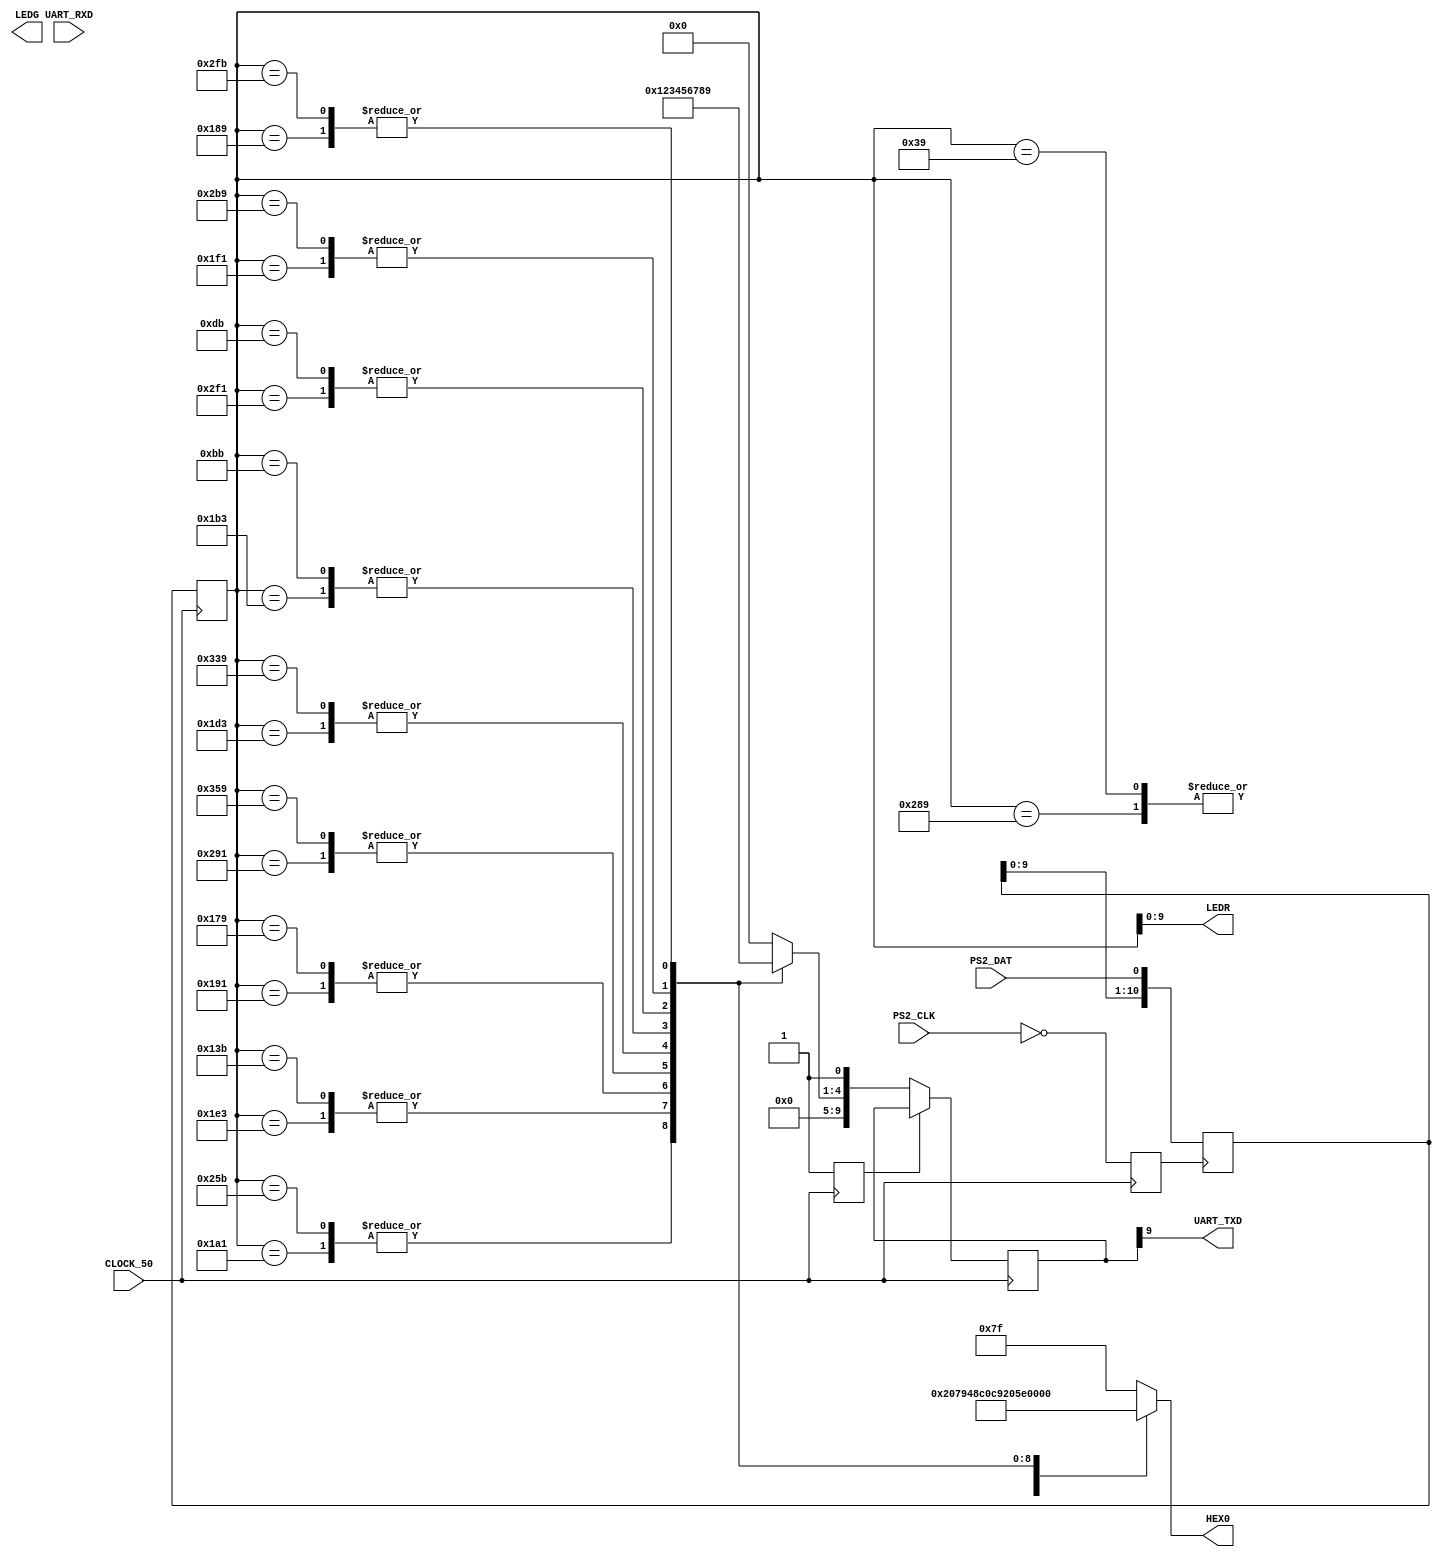

//Be careful with port names, Verilog is case sensitive
module KeyboardToRS232(
    input wire PS2_DAT,        // PS/2 data pin
    input wire PS2_CLK,        // PS/2 clock pin
	 
	 //Baud Rate is 115200, 8 data bits, no parity check bit, 1 stop bit, flow control on
	 //MAX232 Transceiver Chip
	 input wire UART_RXD,       // Reciever 
	 output wire UART_TXD,      // Transmitter
	 
    input wire CLOCK_50,       // 50 MHz system clock
    output wire [9:0] LEDR,    // Red LEDs output (10 bits)
    output wire [7:0] LEDG,    // Green LEDs output (8 bits)
    output wire [6:0] HEX0     // 7-segment hex display
);

// UART parameters
parameter BAUD_RATE = 115200;
parameter DATA_BITS = 8;
parameter STOP_BITS = 1;
parameter START_BITS = 1;
parameter UART_CLK_DIVIDER = 50_000_000 / (BAUD_RATE + 1); // Calculate clock divider for baud rate

// UART transmitter signals
reg [DATA_BITS + START_BITS + STOP_BITS - 1:0] tx_data; // Data to transmit with start and stop bits
reg tx_valid; // Signal that data is valid
reg tx_busy;  // Transmitter is busy
reg [2:0] tx_state; // Transmitter state
reg [7:0] tx_shift_reg;        // Shift register for transmitting data

reg [10:0] shift_reg = 11'b00000000000; // Shift register
reg inverted_ps2_clock;                 // Inverted PS/2 clock signal
reg [10:0] synchronized_shift_reg;      // Shift register content synchronized with the system clock
reg [6:0] decoded_scan_code;            // Register to signal tap off of
reg [7:0] binary_scan_code;             // Register to signal tap off of

// Function to decode the 11-bit scan code
function [6:0] decoder_code;
    input [10:0] code;
    begin
        case(code)
            // Top Row Of Numbers
            11'b01010001001: decoder_code = 7'b1000000; // 0
            11'b00110100001: decoder_code = 7'b1111001; // 1
            11'b00111100011: decoder_code = 7'b0100100; // 2
            11'b00110010001: decoder_code = 7'b0110000; // 3
            11'b01010010001: decoder_code = 7'b0011001; // 4
            11'b00111010011: decoder_code = 7'b0010010; // 5
            11'b00110110011: decoder_code = 7'b0000010; // 6
            11'b01011110001: decoder_code = 7'b1111000; // 7
            11'b00111110001: decoder_code = 7'b0000000; // 8
            11'b00110001001: decoder_code = 7'b0010000; // 9

            // Key Pad
            11'b00000111001: decoder_code = 7'b1000000; // 0
            11'b01001011011: decoder_code = 7'b1111001; // 1
            11'b00100111011: decoder_code = 7'b0100100; // 2
            11'b00101111001: decoder_code = 7'b0110000; // 3
            11'b01101011001: decoder_code = 7'b0011001; // 4
            11'b01100111001: decoder_code = 7'b0010010; // 5
            11'b00010111011: decoder_code = 7'b0000010; // 6
            11'b00011011011: decoder_code = 7'b1111000; // 7
            11'b01010111001: decoder_code = 7'b0000000; // 8
            11'b01011111011: decoder_code = 7'b0010000; // 9
            default: decoder_code = 7'b1111111; // Default (blank display)
        endcase
    end
endfunction

// Function to convert decoded to binary
function [7:0] binary_converter;
    input [10:0] code;
    begin
        case(code)
            // Top Row Of Numbers
            11'b01010001001: binary_converter = 8'b00000000; // 0
            11'b00110100001: binary_converter = 8'b00000001; // 1
            11'b00111100011: binary_converter = 8'b00000010; // 2
            11'b00110010001: binary_converter = 8'b00000011; // 3
            11'b01010010001: binary_converter = 8'b00000100; // 4
            11'b00111010011: binary_converter = 8'b00000101; // 5
            11'b00110110011: binary_converter = 8'b00000110; // 6
            11'b01011110001: binary_converter = 8'b00000111; // 7
            11'b00111110001: binary_converter = 8'b00001000; // 8
            11'b00110001001: binary_converter = 8'b00001001; // 9

            // Key Pad
            11'b00000111001: binary_converter = 8'b00000000; // 0
            11'b01001011011: binary_converter = 8'b00000001; // 1
            11'b00100111011: binary_converter = 8'b00000010; // 2
            11'b00101111001: binary_converter = 8'b00000011; // 3
            11'b01101011001: binary_converter = 8'b00000100; // 4
            11'b01100111001: binary_converter = 8'b00000101; // 5
            11'b00010111011: binary_converter = 8'b00000110; // 6
            11'b00011011011: binary_converter = 8'b00000111; // 7
            11'b01010111001: binary_converter = 8'b00001000; // 8
            11'b01011111011: binary_converter = 8'b00001001; // 9
            default: binary_converter = 8'b00000000; // Default (0)
        endcase
    end
endfunction

// Initialize signals
initial begin
    tx_data = {1'b0, 8'b0, 1'b1}; // Initial idle state (marking condition)
    tx_valid = 0;
    tx_busy = 0;
    tx_state = 3'b000; // Initial state
    tx_shift_reg = 8'hFF; // Idle state
end

// UART transmitter state machine
always @(posedge CLOCK_50) begin
    case (tx_state)
        2'b00: begin // Idle state (marking condition)
            if (tx_valid) begin
                tx_shift_reg = {1'b0, tx_data, 1'b1}; // Start bit, data, stop bit
                tx_state = 2'b01; // Move to the start bit state
            end
        end

        2'b01: begin // Transmit start bit
            tx_shift_reg = {1'b0, tx_shift_reg[7:1]}; // Shift the data
            tx_state = 2'b10; // Move to the data bit state
        end

        2'b10: begin // Transmit data bits
            tx_shift_reg = {1'b0, tx_shift_reg[7:1]}; // Shift the data
            if (tx_shift_reg[0]) begin
                tx_state = 2'b11; // Move to the stop bit state
            end
        end

        2'b11: begin // Transmit stop bit
            tx_shift_reg = 8'hFF; // Restore to idle state (marking condition)
            tx_state = 2'b00; // Move back to the idle state
            tx_valid = 0; // Data transmission is complete
        end
    endcase
end

// Connect UART_TXD to the most significant bit of tx_data
assign UART_TXD = tx_data[DATA_BITS + START_BITS + STOP_BITS - 1]; // Sends full bits needed for UART

// Update the transmitter control signals with the data you want to send
always @(posedge CLOCK_50) begin
    // && key pressed event
    if (!tx_busy) begin
        tx_data = {1'b0, binary_converter(synchronized_shift_reg), 1'b1}; // Include start and stop bits + Assigning binary conversion to data bits
        tx_busy = 1; // Signal that the transmitter is busy
    end
end

always @(posedge CLOCK_50) begin
    inverted_ps2_clock <= ~PS2_CLK; // Invert the PS/2 clock signal on the rising edge of the 50 MHz clock
end

always @(posedge inverted_ps2_clock) begin
    shift_reg <= {shift_reg[9:0], PS2_DAT}; // Shift and concatenate new data bit on the inverted PS/2 clock's rising edge
end

always @(posedge CLOCK_50) begin
    synchronized_shift_reg <= shift_reg; // Capture the shift register's content on the rising edge of the 50 MHz system clock
	 decoded_scan_code <= decoder_code(synchronized_shift_reg);
	 binary_scan_code <= binary_converter(synchronized_shift_reg);
end

assign LEDR = synchronized_shift_reg[9:0]; // Output the first 10 bits of the synchronized data to the red LEDs
assign LEDG[7] = synchronized_shift_reg[10]; // Output the 11th bit to the green LED (ledg7)
assign HEX0 = decoder_code(synchronized_shift_reg); // Decode the 11-bit scan code and display on the rightmost 7-segment hex display

endmodule